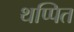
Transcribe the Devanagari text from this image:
थप्पित